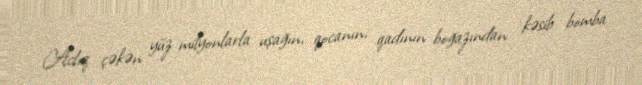
Aclıq çəkən yüz milyonlarla uşağın, qocanın, qadının boğazından kəsib bomba